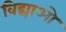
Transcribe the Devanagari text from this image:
विद्याओ